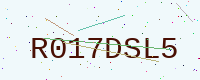
Text: R017DSL5